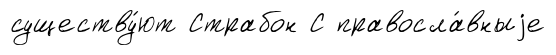
существу́ют Страбон С правосла́вныjе